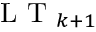
\mathrm { ~ L ~ T ~ } _ { k + 1 }